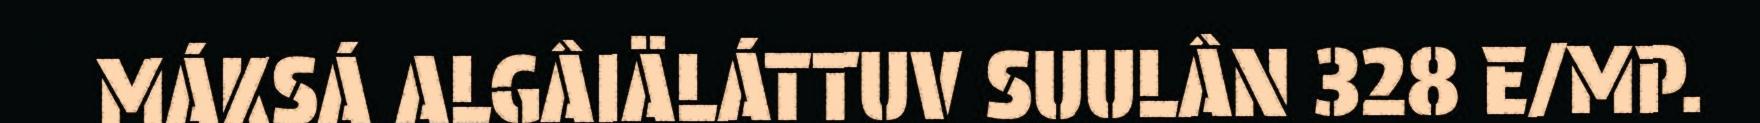
MÁKSÁ ALGÂIÄLÁTTUV SUULÂN 328 E/MP.